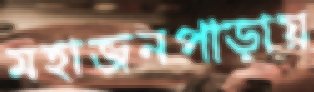
মহাজনপাড়ায়